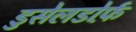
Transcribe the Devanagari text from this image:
डुसेलडोर्फ़